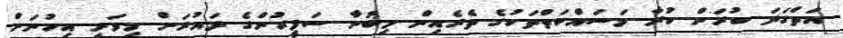
އަތްގަދަ ކުރަން ކުރާ މަސައްކަތްތަކުގެ ތެރެއިން މިބުނާ ސަފީރުންގެ ދައުރަށް މިވަނީ އިހުނަށް